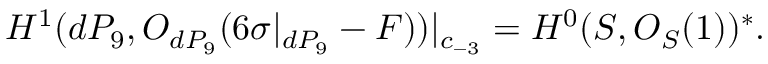
H ^ { 1 } ( d P _ { 9 } , { \cal O } _ { d P _ { 9 } } ( 6 \sigma | _ { d P _ { 9 } } - F ) ) | _ { c _ { - 3 } } = H ^ { 0 } ( { \cal S } , { \cal O } _ { { \cal S } } ( 1 ) ) ^ { * } .